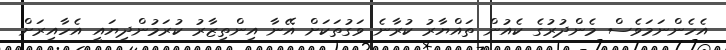
އެހެންނަމަވެސް މެންދުރުގެ ކެއުން ތައްޔާރު ކުރާނެ ވަގުތަކަށް އޭނާ އިންތިޒާރު ކުރަމުންދިޔައީ އެހާއިރަށް